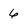
Character: 6